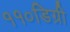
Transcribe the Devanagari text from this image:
११०डिग्री